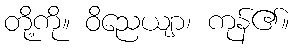
တို့ကို။ ဝိညေယျာ၊ ကုန်၏။